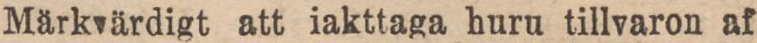
Märkvärdigt att iakttaga huru tillvaron af